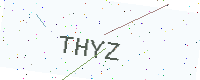
Text: THYZ